Indian journal of veterinary science and animal husbandry - Volumes 18-21, 1948-1951
Year: 1948
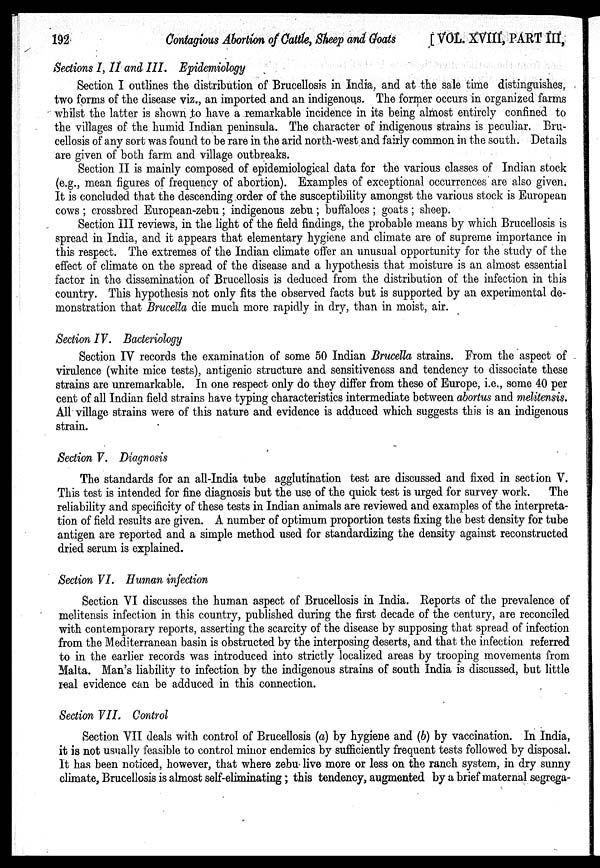
192
Contagious Abortion of Cattle, Sheep and Goats
[VOL. XVIII, PART III,
Sections I, II and III. Epidemiology
Section I outlines the distribution of Brucellosis in India, and at the sale time distinguishes,
two forms of the disease viz., an imported and an indigenous. The former occurs in organized farms
whilst the latter is shown to have a remarkable incidence in its being almost entirely confined to
the villages of the humid Indian peninsula. The character of indigenous strains is peculiar. Bru-
cellosis of any sort was found to be rare in the arid north-west and fairly common in the south. Details
are given of both farm and village outbreaks.
Section II is mainly composed of epidemiological data for the various classes of Indian stock
(e.g., mean figures of frequency of abortion). Examples of exceptional occurrences are also given.
It is concluded that the descending order of the susceptibility amongst the various stock is European
cows ; crossbred European-zebu ; indigenous zebu ; buffaloes ; goats ; sheep.
Section III reviews, in the light of the field findings, the probable means by which Brucellosis is
spread in India, and it appears that elementary hygiene and climate are of supreme importance in
this respect. The extremes of the Indian climate offer an unusual opportunity for the study of the
effect of climate on the spread of the disease and a hypothesis that moisture is an almost essential
factor in the dissemination of Brucellosis is deduced from the distribution of the infection in this
country. This hypothesis not only fits the observed facts but is supported by an experimental de-
monstration that Brucella die much more rapidly in dry, than in moist, air.
Section IV. Bacteriology
Section IV records the examination of some 50 Indian Brucella strains. From the aspect of
virulence (white mice tests), antigenic structure and sensitiveness and tendency to dissociate these
strains are unremarkable. In one respect only do they differ from these of Europe, i.e., some 40 per
cent of all Indian field strains have typing characteristics intermediate between abortus and melitensis.
All village strains were of this nature and evidence is adduced which suggests this is an indigenous
strain.
Section V. Diagnosis
The standards for an all-India tube agglutination test are discussed and fixed in section V.
This test is intended for fine diagnosis but the use of the quick test is urged for survey work. The
reliability and specificity of these tests in Indian animals are reviewed and examples of the interpreta-
tion of field results are given. A number of optimum proportion tests fixing the best density for tube
antigen are reported and a simple method used for standardizing the density against reconstructed
dried serum is explained.
Section VI. Human infection
Section VI discusses the human aspect of Brucellosis in India. Reports of the prevalence of
melitensis infection in this country, published during the first decade of the century, are reconciled
with contemporary reports, asserting the scarcity of the disease by supposing that spread of infection
from the Mediterranean basin is obstructed by the interposing deserts, and that the infection referred
to in the earlier records was introduced into strictly localized areas by trooping movements from
Malta. Man's liability to infection by the indigenous strains of south India is discussed, but little
real evidence can be adduced in this connection.
Section VII. Control
Section VII deals with control of Brucellosis (a) by hygiene and (b) by vaccination. In India,
it is not usually feasible to control minor endemics by sufficiently frequent tests followed by disposal.
It has been noticed, however, that where zebu live more or less on the ranch system, in dry sunny
climate, Brucellosis is almost self-eliminating ; this tendency, augmented by a brief maternal segrega-